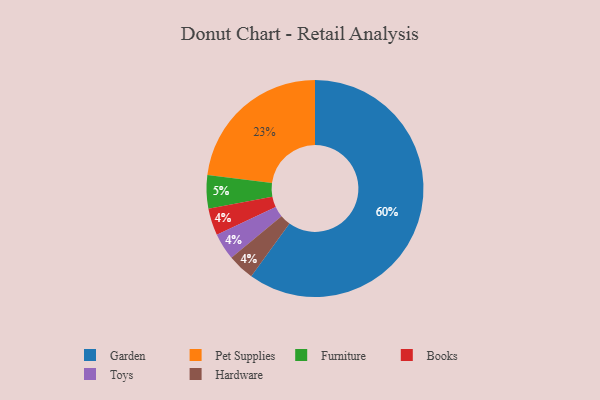
{"axis": {"x": "Category", "y": "Percentage"}, "legend": ["Books", "Furniture", "Garden", "Hardware", "Pet Supplies", "Toys"], "data": [{"x": "Books", "y": 4, "type": "Books"}, {"x": "Toys", "y": 4, "type": "Toys"}, {"x": "Furniture", "y": 5, "type": "Furniture"}, {"x": "Pet Supplies", "y": 23, "type": "Pet Supplies"}, {"x": "Hardware", "y": 4, "type": "Hardware"}, {"x": "Garden", "y": 60, "type": "Garden"}]}